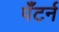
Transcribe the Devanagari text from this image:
पँटर्न